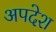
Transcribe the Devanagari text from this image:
अपदेश